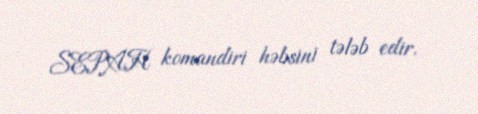
SEPAH komandiri həbsini tələb edir.